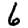
Digit: 6